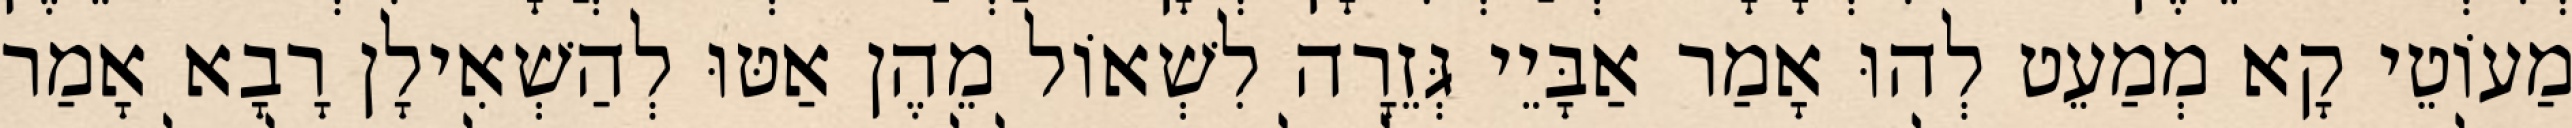
מַעוֹטֵי קָא מְמַעֵט לְהוּ אָמַר אַבָּיֵי גְּזֵרָה לִשְׁאוֹל מֵהֶן אַטּוּ לְהַשְׁאִילָן רָבָא אָמַר